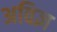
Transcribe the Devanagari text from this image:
अविज्ञ